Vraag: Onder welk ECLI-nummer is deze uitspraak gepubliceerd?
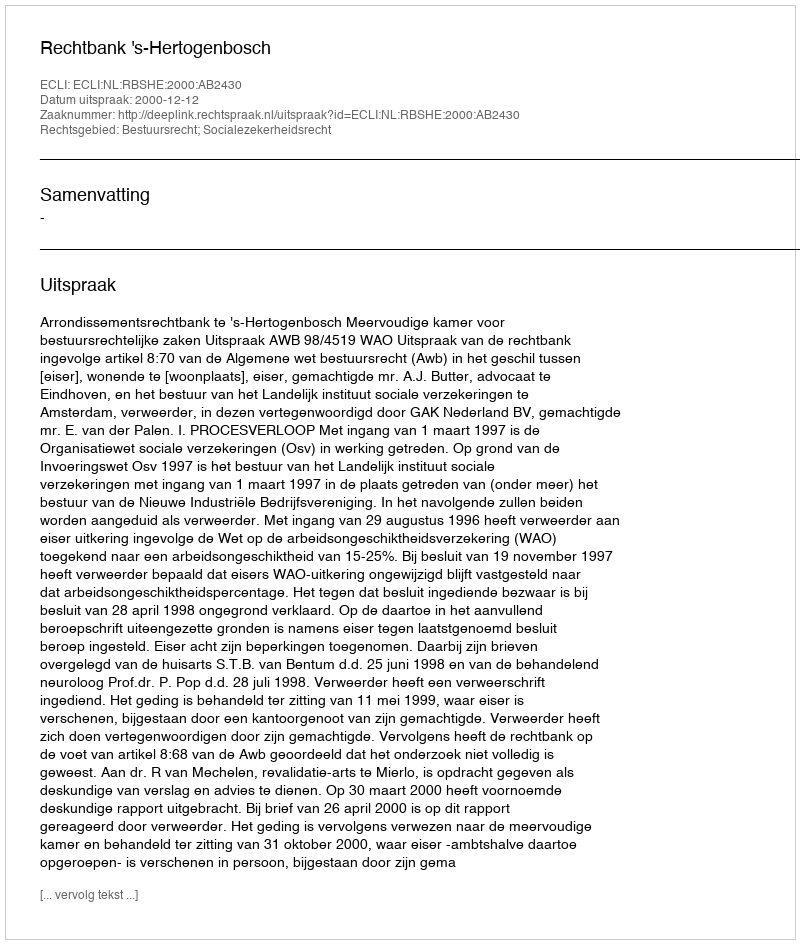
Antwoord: ECLI:NL:RBSHE:2000:AB2430